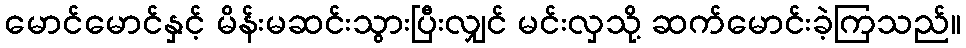
မောင်မောင်နှင့် မိန်းမဆင်းသွားပြီးလျှင် မင်းလှသို့ ဆက်မောင်းခဲ့ကြသည်။